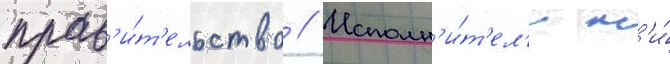
прав'и́т'ельство // Исполн'и́т'ел'и н'и́